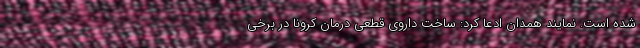
شده است. نمایند همدان ادعا کرد: ساخت داروی قطعی درمان کرونا در برخی